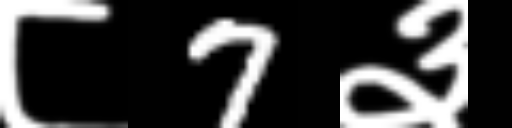
Text: ८7३